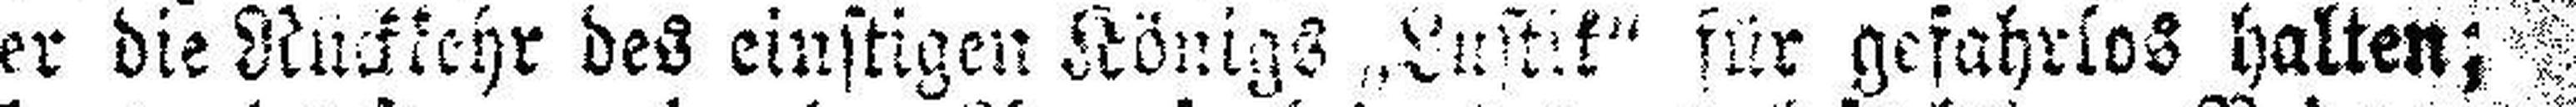
er die Rückkehr des einstigen Königs „Lustik“ für gefahrlos halten;